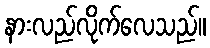
နားလည်လိုက်လေသည်။